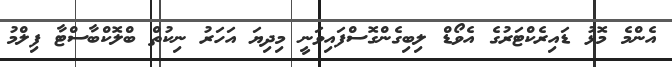
އެންމެ މޮޅު ޑައިރެކްޓަރުގެ އެވޯޑް ލިބިގެންގޮސްފައިވަނީ މިދިޔަ އަހަރު ނިކުތް ބްލޮކްބާސްޓާ ފިލްމު